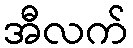
အီလက်